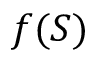
f ( S )